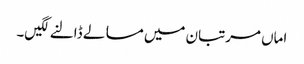
اماں مرتبان میں مسالے ڈالنے لگیں۔